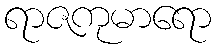
ရာဇကုမာရော